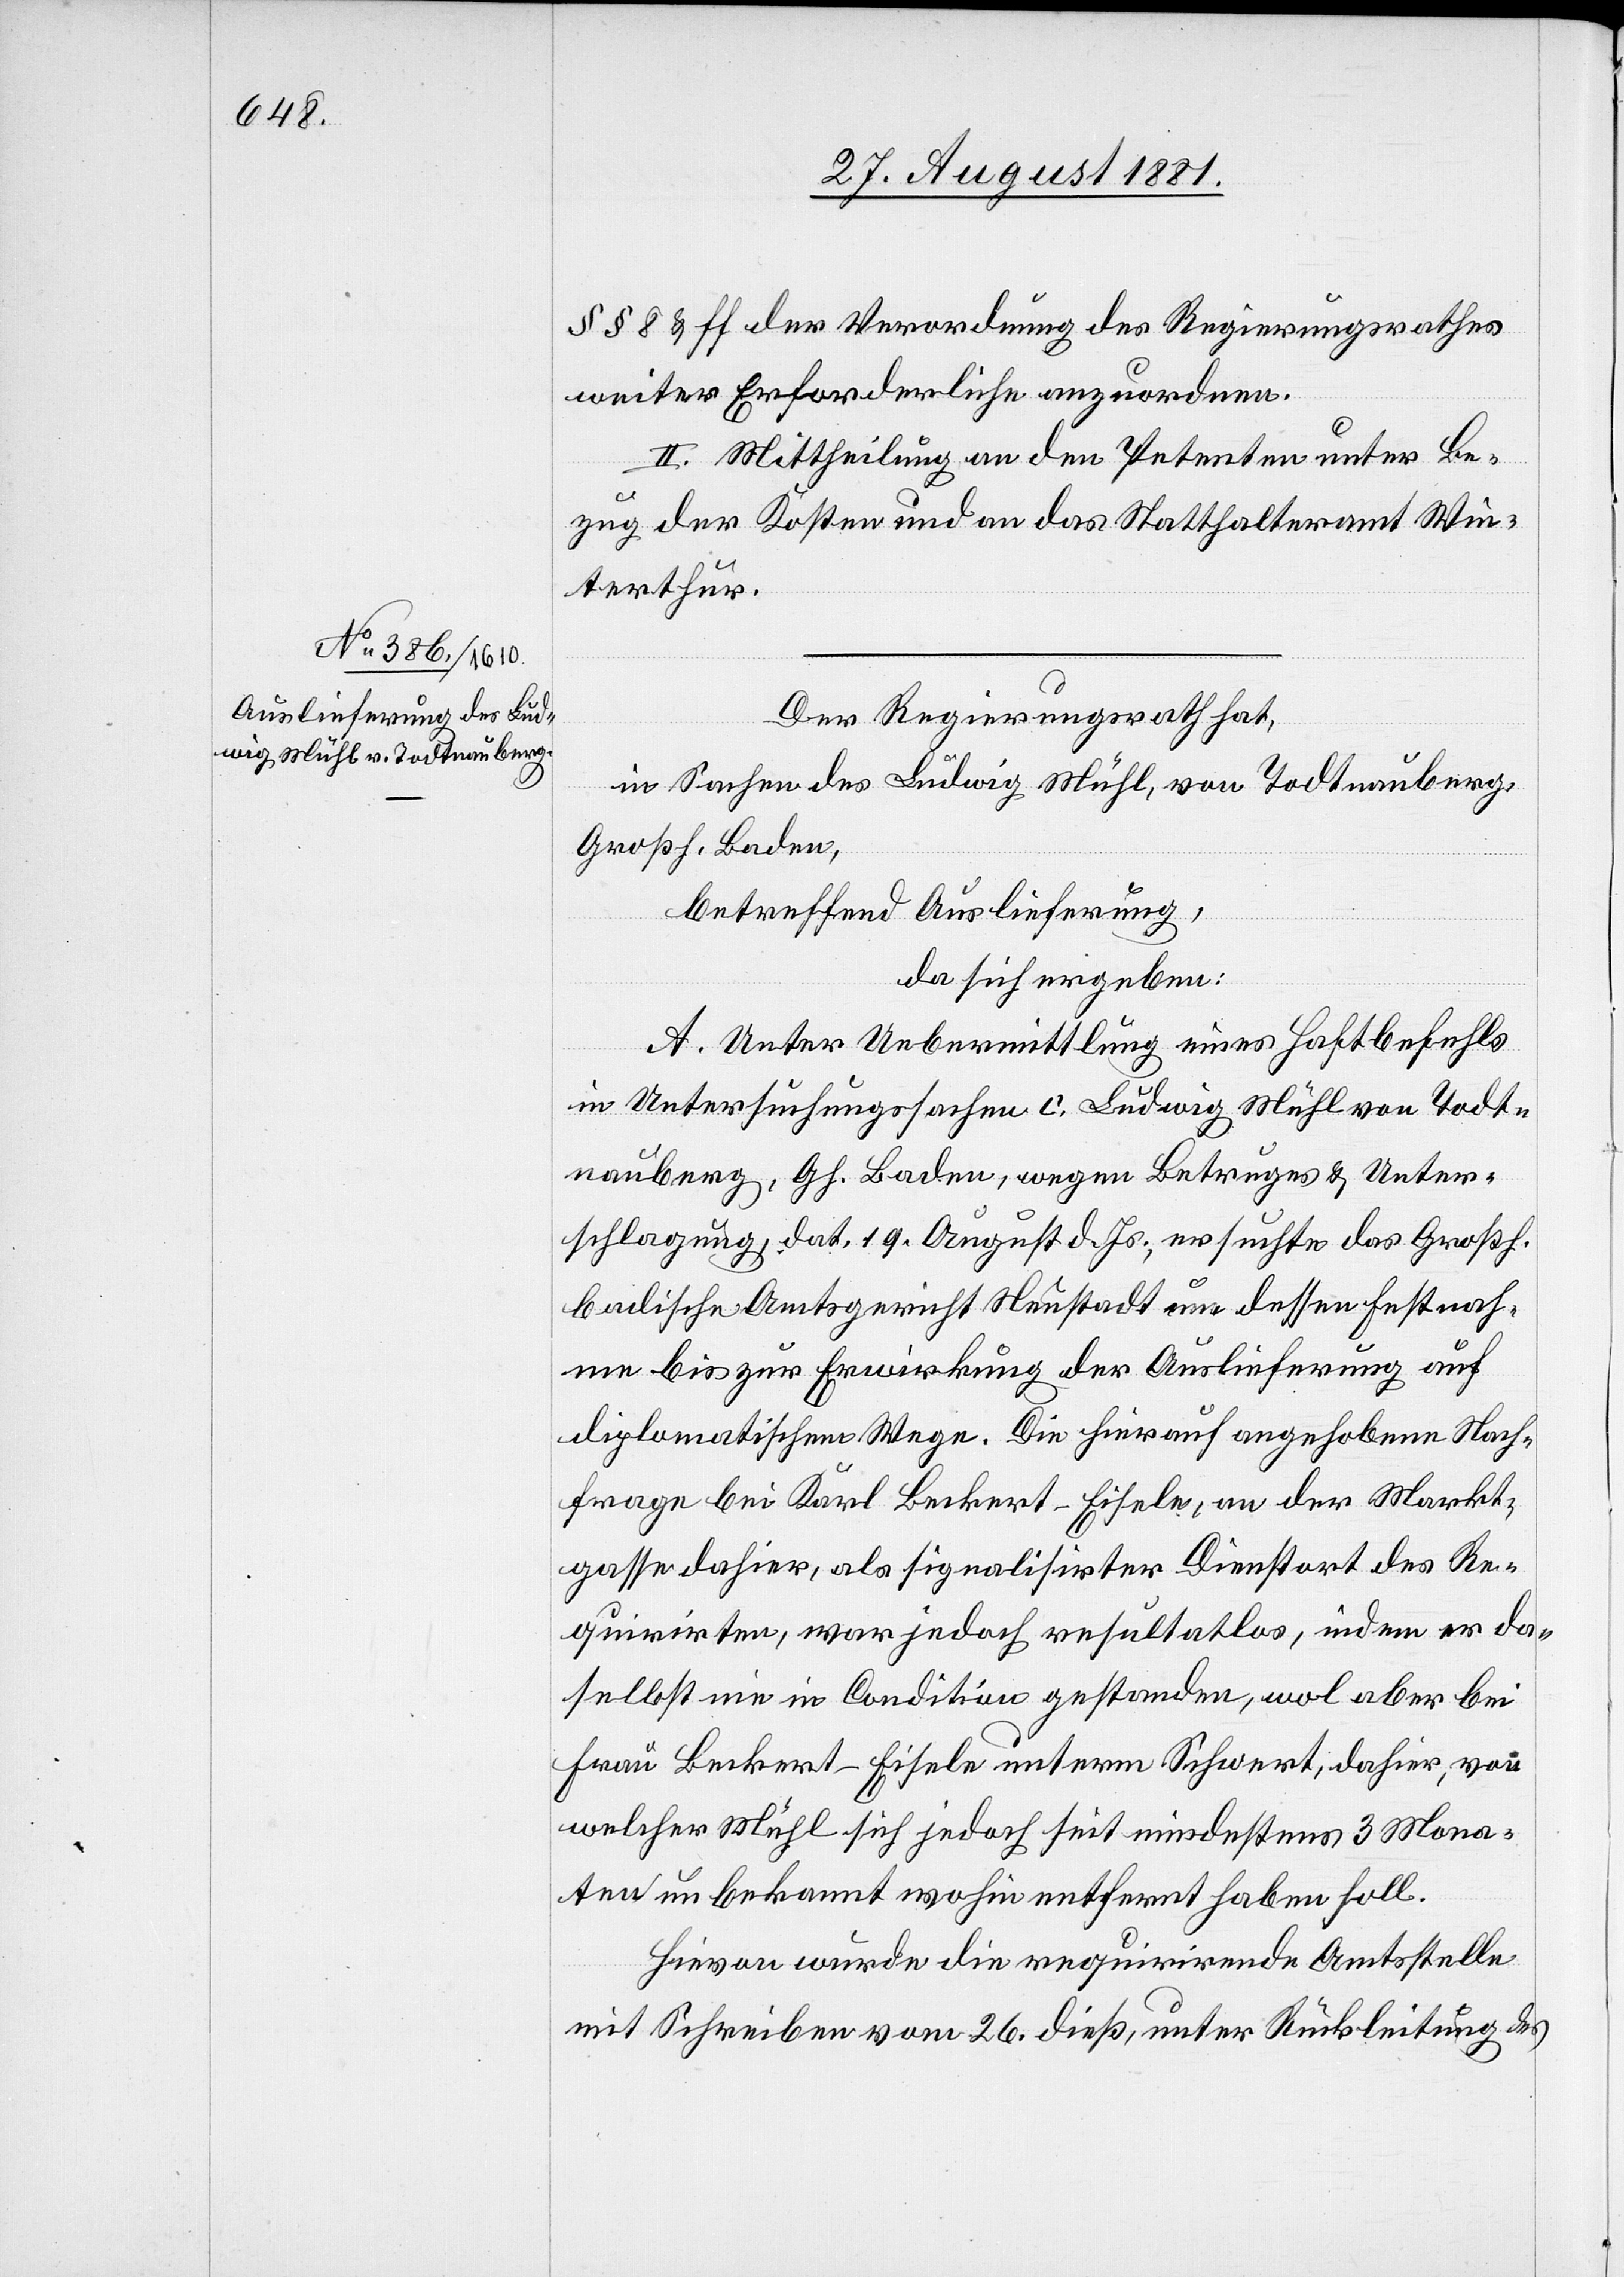
29. August 1881.]
§§ 8 & ff[.] der Verordnung des Regierungsrathes
weiter Erforderliche anzuordnen.
II. Mittheilung an den Petenten unter Be¬
zug der Kosten und an das Statthalteramt Win¬
terthur.
Der Regierungsrath hat,
in Sachen des Ludwig Mühl, von Todtnauberg,
Großh. Baden,
betreffen Auslieferung,
da sich ergeben:
A. Unter Uebermittlung eines Haftbefehls
in Intersuchungssachen c. Ludwig Mühl von Todt¬
nauberg, Gh. Baden, wegen Betrugs- & Unter¬
schlagung, dat. 19. August d. Js., ersuchte das Großh.
badische Amtsgericht Neustadt um dessen Festnah¬
me bis zu Erwirkung der Auslieferung auf
diplomatischem Wege. Die hierauf angehobene Nach¬
frage bei Karl Beckert-Eisele, an der Markt¬
gasse dahier, als signalisirter Dienstort des Re¬
quirirten, war jedoch resultatlos, indem er da¬
selbst nie in Condition gestanden, wol aber bei
Frau Beckert-Eisele unterm Schwert, dahier, von
welcher Mühl sich jedoch seit mindestens 3 Mona¬
ten unbekannt wohin entfernt haben soll.
Hievon wurde die requirirende Amtsstelle
mit Schreiben vom 26. dieß, unter Rückleitung des